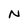
Character: N